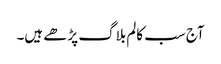
آج سب کالم بلاگ پڑھے ہیں۔